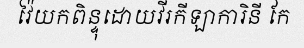
វ៉ៃយកពិន្ទុដោយវីរកីឡាការិនី កែ